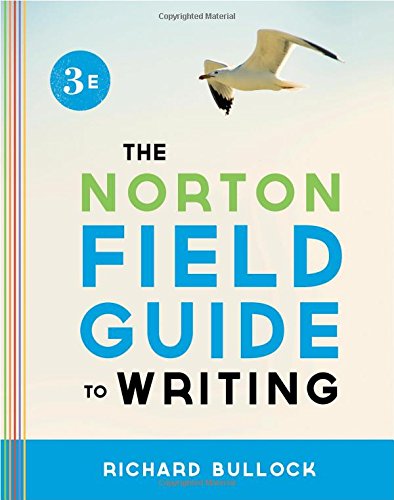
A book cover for The Norton Field Guide to Writing (Third Edition); Richard Bullock; Reference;